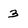
Character: 3